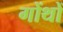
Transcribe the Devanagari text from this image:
गोंथों